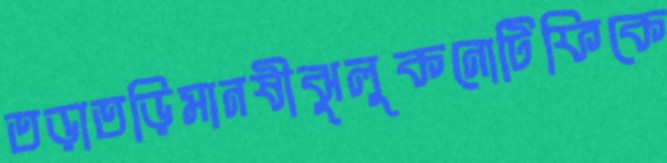
তড়াতড়িমানষীঝুলুকনোটিফিকে